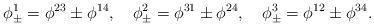
LaTeX: \begin{align*}\phi _{\pm }^1=\phi ^{23}\pm \phi ^{14},\quad \phi _{\pm }^2=\phi ^{31}\pm\phi ^{24},\quad \phi _{\pm }^3=\phi ^{12}\pm \phi ^{34}.\end{align*}